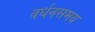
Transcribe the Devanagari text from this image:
वर्धनसमय